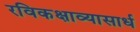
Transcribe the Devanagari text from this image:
रविकक्षाव्यासार्ध